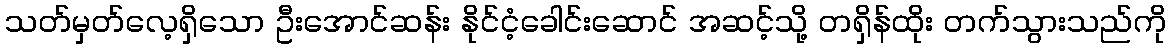
သတ်မှတ်လေ့ရှိသော ဦးအောင်ဆန်း နိုင်ငံ့ခေါင်းဆောင် အဆင့်သို့ တရှိန်ထိုး တက်သွားသည်ကို